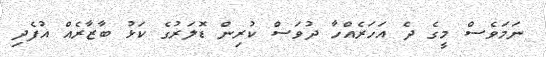
ނަމަވެސް މީގެ ދެ އަހަރެއްހާ ދުވަސް ކުރިން ޑޮލަރުގެ ކަޅު ބާޒާރެއް އުފެދި